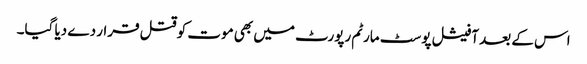
اس کے بعد آفیشل پوسٹ مارٹم رپورٹ میں بھی موت کو قتل قرار دے دیا گیا۔